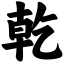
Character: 乾